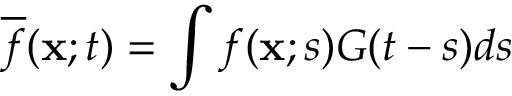
\overline { { f } } ( { \bf { x } } ; t ) = \int f ( { \bf { x } } ; s ) G ( t - s ) d s